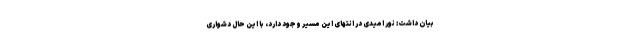
بیان داشت: نور امیدی در انتهای این مسیر وجود دارد، با این حال دشواری